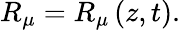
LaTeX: R_{\mu}=R_{\mu}\left(z,t\right).